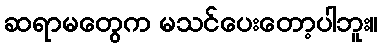
ဆရာမတွေက မသင်ပေးတော့ပါဘူး။